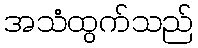
အသံထွက်သည်